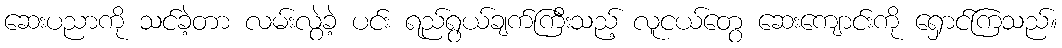
ဆေးပညာကို သင်ခဲ့တာ လမ်းလွဲခဲ့ ပင်း ရည်ရွယ်ချက်ကြီးသည့် လူငယ်တွေ ဆေးကျောင်းကို ရှောင်ကြသည်။